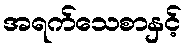
အရက်သေစာနှင့်